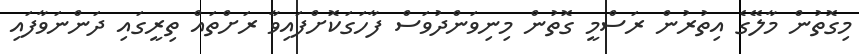
މިގޮތުން މާލޭގެ އިތުރުން ރަސްމީ ގޮތުން މިނިވަންދުވަސް ފާހަގަކޮށްފައިވާ ރަށްތައް ތިރީގައި ދަންނަވާފައި